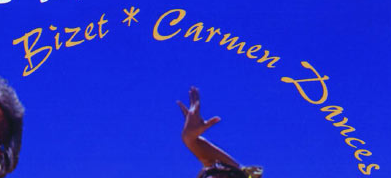
Bizet * Carmen Dances